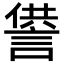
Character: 𧨻